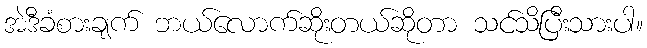
အဲဒီခံစားချက် ဘယ်လောက်ဆိုးတယ်ဆိုတာ သင်သိပြီးသားပါ။